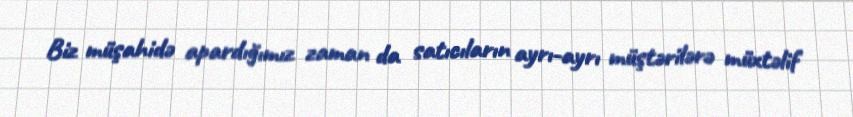
Biz müşahidə apardığımız zaman da satıcıların ayrı-ayrı müştərilərə müxtəlif